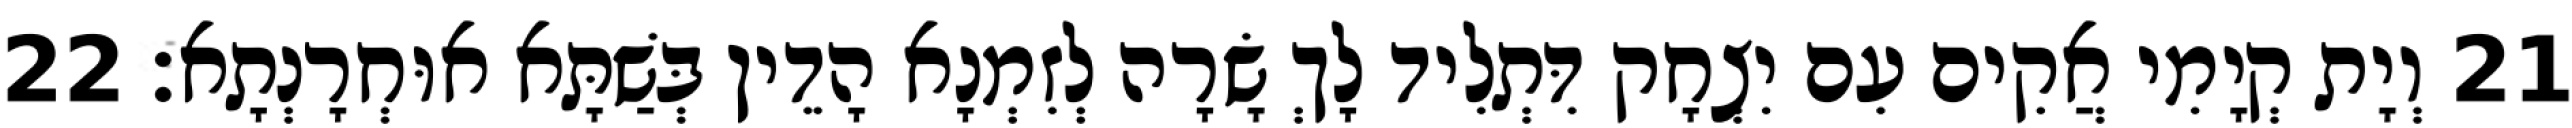
21 וְיָת קְיָמִי אֲקִים עִם יִצְחָק דִּתְלִיד לָךְ שָׂרָה לְזִמְנָא הָדֵין בְּשַׁתָּא אוּחְרָנְתָא׃ 22